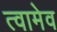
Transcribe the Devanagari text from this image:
त्वामेव